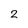
Character: 2